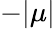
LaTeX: -|\mu|